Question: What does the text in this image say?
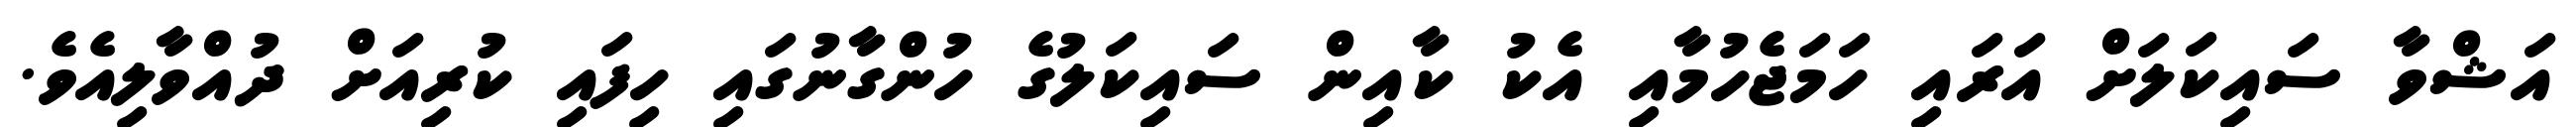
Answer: އަޝްވާ ސައިކަލަށް އަރައި ހަމަޖެހުމާއި އެކު ކާއިން ސައިކަލުގެ ހުންގާނުގައި ހިފައި ކުރިއަށް ދުއްވާލިއެވެ.